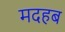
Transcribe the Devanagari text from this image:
मदहब